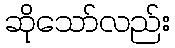
ဆိုသော်လည်း